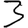
Digit: 3